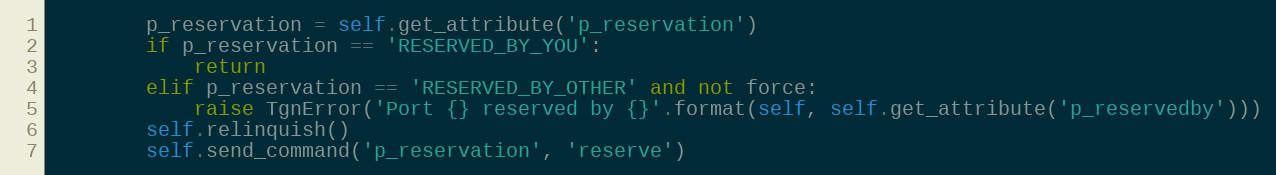
Language: Python
        p_reservation = self.get_attribute('p_reservation')
        if p_reservation == 'RESERVED_BY_YOU':
            return
        elif p_reservation == 'RESERVED_BY_OTHER' and not force:
            raise TgnError('Port {} reserved by {}'.format(self, self.get_attribute('p_reservedby')))
        self.relinquish()
        self.send_command('p_reservation', 'reserve')